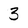
Character: 3